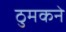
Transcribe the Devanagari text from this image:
ठुमकने